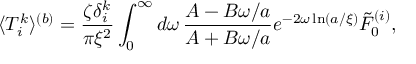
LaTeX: \langle T _ { i } ^ { k } \rangle ^ { ( b ) } = \frac { \zeta \delta _ { i } ^ { k } } { \pi \xi ^ { 2 } } \int _ { 0 } ^ { \infty } d \omega \, \frac { A - B \omega / a } { A + B \omega / a } e ^ { - 2 \omega \ln ( a / \xi ) } \tilde { F } _ { 0 } ^ { ( i ) } ,